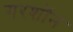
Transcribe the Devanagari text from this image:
गरशॉन